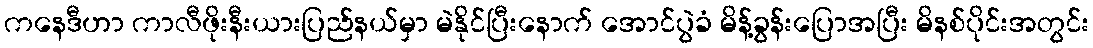
ကနေဒီဟာ ကာလီဖိုးနီးယားပြည်နယ်မှာ မဲနိုင်ပြီးနောက် အောင်ပွဲခံ မိန့်ခွန်းပြောအပြီး မိနစ်ပိုင်းအတွင်း